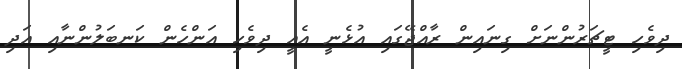
ދިވެހި ޓީޗަރުންނަށް ގިނައިން ރާއްޖޭގައި އުޅެނީ އެެއީ ދިވެހި އަންހެން ކަނބަލުންނާއި އަދި